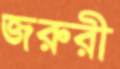
জরুরী